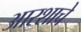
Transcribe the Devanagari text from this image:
आरशाचे